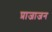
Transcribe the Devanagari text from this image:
प्राजाजन